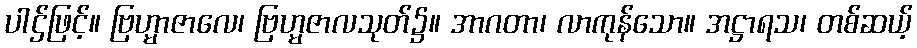
ပါဌ်ဖြင့်။ ဗြဟ္မာဇာလေ၊ ဗြဟ္မဇာလသုတ်၌။ အာဂတာ၊ လာကုန်သော။ အဋ္ဌာရသ၊ တစ်ဆယ့်